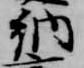
納